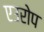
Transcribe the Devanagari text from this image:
एउरोप